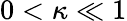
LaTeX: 0<\kappa\ll 1